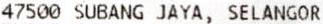
47500 SUBANG JAYA, SELANGOR